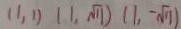
( 1 , 1 ) ( 1 , \sqrt { 1 1 } ) ( 1 , - \sqrt { 1 1 } )